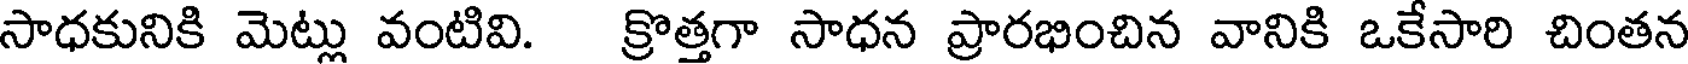
సాధకునికి మెట్లు వంటివి. క్రొత్తగా సాధన ప్రారభించిన వానికి ఒకేసారి చింతన